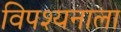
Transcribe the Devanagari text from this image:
विपश्यनाला